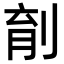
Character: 𪟆